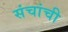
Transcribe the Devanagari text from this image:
संचांची